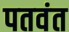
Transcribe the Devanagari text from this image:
पतवंत